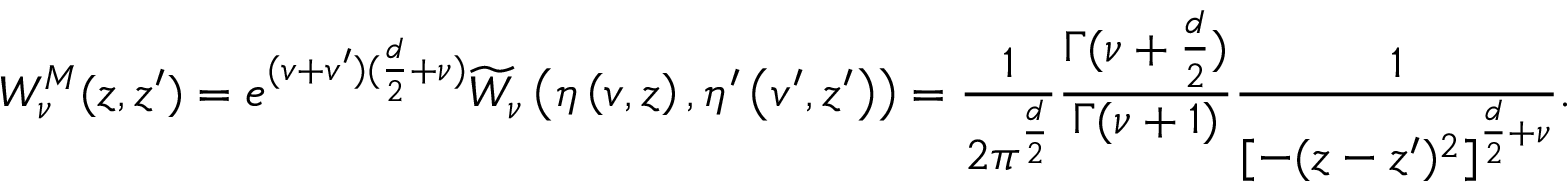
W _ { \nu } ^ { M } ( z , z ^ { \prime } ) = e ^ { ( v + v ^ { \prime } ) ( \frac { d } { 2 } + \nu ) } \widetilde { W } _ { \nu } \left( \eta \left( v , z \right) , \eta ^ { \prime } \left( v ^ { \prime } , z ^ { \prime } \right) \right) = \frac { 1 } { 2 \pi ^ { \frac { d } 2 } } \frac { \Gamma ( \nu + \frac { d } 2 ) } { \Gamma ( \nu + 1 ) } \frac 1 { { [ - ( z - z ^ { \prime } ) ^ { 2 } ] } ^ { \frac { d } 2 + \nu } } .